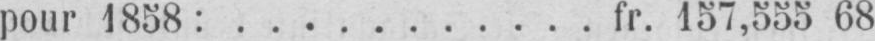
pour 1858:........... fr. 157,555 68